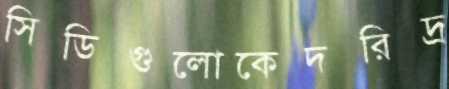
সিডিগুলোকেদরিদ্র